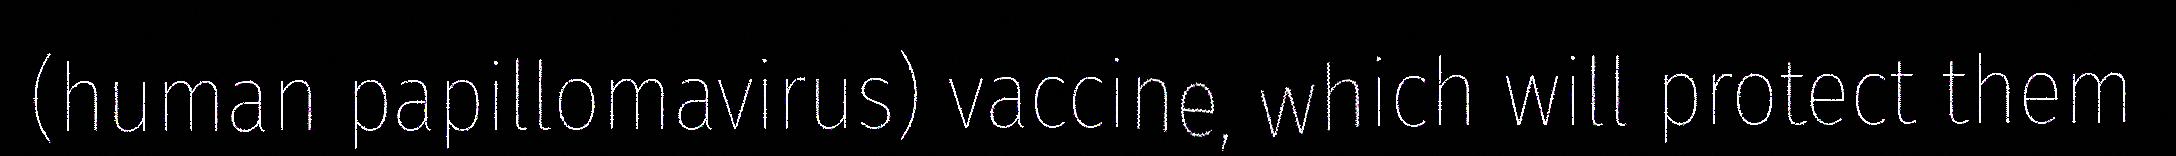
(human papillomavirus) vaccine, which will protect them